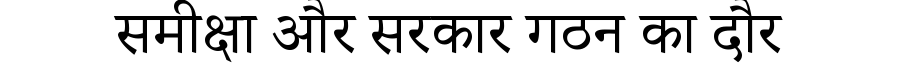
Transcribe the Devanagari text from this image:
समीक्षा और सरकार गठन का दौर